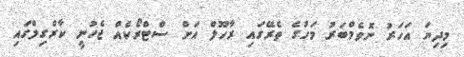
މިދިޔަ އަހަރު ނޮވެމްބަރު މަހުގެ ތެރޭގައި ރާހޫލް އަށް ސްޓްރޯކެއް ޖެހުނީ ކާރްގިލްގައި